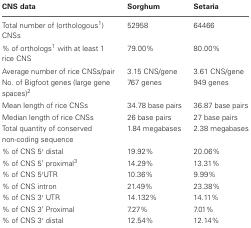
<table><thead><tr><td><b>CNS data</b></td><td><b>Sorghum</b></td><td><b>Setaria</b></td></tr></thead><tbody><tr><td>Total number of (orthologous<sup>1</sup>) CNSs</td><td>52958</td><td>64466</td></tr><tr><td>% of orthologs<sup>1</sup> with at least 1 rice CNS</td><td>79.00%</td><td>80.00%</td></tr><tr><td>Average number of rice CNSs/pair</td><td>3.15 CNS/gene</td><td>3.61 CNS/gene</td></tr><tr><td>No. of Bigfoot genes (large gene spaces)<sup>2</sup></td><td>767 genes</td><td>949 genes</td></tr><tr><td>Mean length of rice CNSs</td><td>34.78 base pairs</td><td>36.87 base pairs</td></tr><tr><td>Median length of rice CNSs</td><td>26 base pairs</td><td>27 base pairs</td></tr><tr><td>Total quantity of conserved non-coding sequence</td><td>1.84 megabases</td><td>2.38 megabases</td></tr><tr><td>% of CNS 5′ distal</td><td>19.92%</td><td>20.06%</td></tr><tr><td>% of CNS 5′ proximal<sup>3</sup></td><td>14.29%</td><td>13.31%</td></tr><tr><td>% of CNS 5′UTR</td><td>10.36%</td><td>9.99%</td></tr><tr><td>% of CNS intron</td><td>21.49%</td><td>23.38%</td></tr><tr><td>% of CNS 3′ UTR</td><td>14.132%</td><td>14.11%</td></tr><tr><td>% of CNS 3′ Proximal</td><td>7.27%</td><td>7.01%</td></tr><tr><td>% of CNS 3′ distal</td><td>12.54%</td><td>12.14%</td></tr></tbody></table>